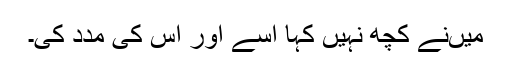
میں‌نے کچھ نہیں کہا اسے اور اس کی مدد کی۔